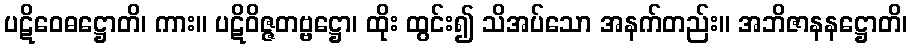
ပဋိဝေဓဋ္ဌောတိ၊ ကား။ ပဋိဝိဇ္ဇတဗ္ဗဋ္ဌော၊ ထိုး ထွင်း၍ သိအပ်သော အနက်တည်း။ အဘိဇာနနဋ္ဌောတိ၊